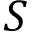
S